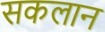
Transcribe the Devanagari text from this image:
सकलान